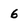
Character: 6